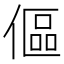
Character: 傴